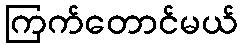
ကြက်တောင်မယ်